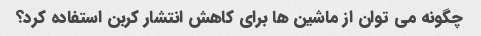
چگونه می توان از ماشین ها برای کاهش انتشار کربن استفاده کرد؟